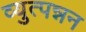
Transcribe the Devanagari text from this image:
व्युत्पन्नन